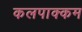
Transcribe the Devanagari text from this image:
कलपाक्कम